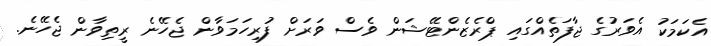
އެކަމަކު އެވަރުގެ ޖާފަތެއްގައި ޕްރެޒެންޓޭޝަން ވެސް ވަރަށް ފުރިހަމަވާން ޖެހޭނެ ރީތިވާން ޖެހޭނެ.